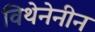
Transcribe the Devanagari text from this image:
विथेनेनीन